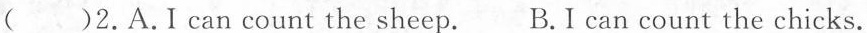
( )2.A.I can count the sheep. B.I can count the chicks.